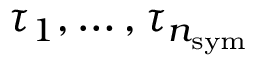
\tau _ { 1 } , \dots , \tau _ { n _ { \mathrm { s y m } } }